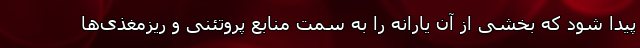
پیدا شود که بخشی از آن یارانه را به سمت منابع پروتئنی و ریزمغذی‌ها